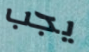
يجب